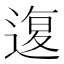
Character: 𰻇